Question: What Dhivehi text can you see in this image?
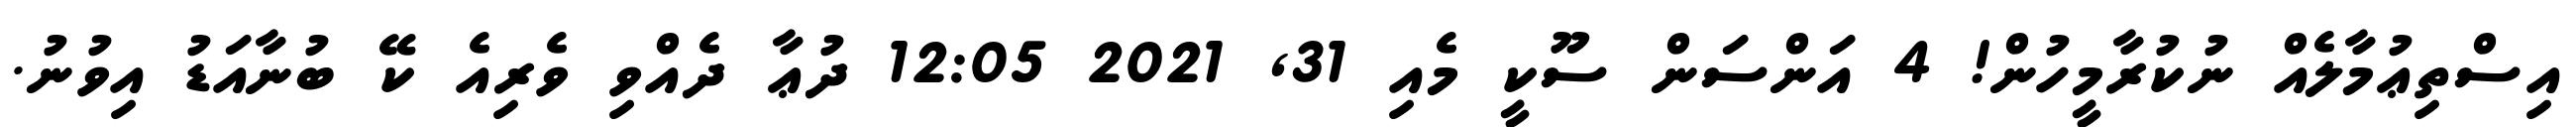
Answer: އިސްތިޢުމާލެއް ނުކުރާމީހުން! 4 އަންސަން ސޫކީ މެއި 31, 2021 12:05 ދުޢާ ދެއްވި ވެރިއެ ކޭ ބުނާއަޑު އިވުނު.